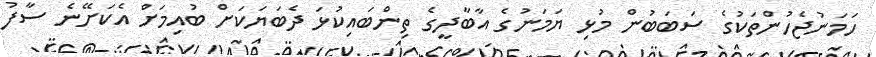
ހަމަނުޖެހުންތަކުގެ ސަބަބުން މުޅި ޔަމަނުގެ އާބާދީގެ ތިންބައިކުޅަ ދެބަޔަކަށް ބުއިމަށް އެކަށޭނެ ސާފު